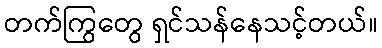
တက်ကြွတွေ ရှင်သန်နေသင့်တယ်။